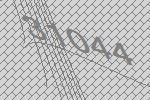
31044